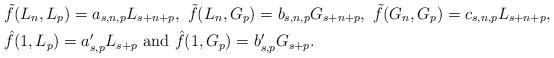
LaTeX: \begin{align*} & \tilde{f}(L_n,L_p)=a_{s,n,p}L_{s+n+p},\ \tilde{f} (L_n,G_p)=b_{s,n,p}G_{s+n+p},\ \tilde{f} (G_n,G_p)=c_{s,n,p}L_{s+n+p},\\ &\hat{f} (1,L_p)=a_{s,p}'L_{s+p} \textrm{ and } \hat{f} (1,G_p)=b_{s,p}'G_{s+p}.\end{align*}